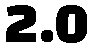
2.0